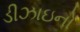
ડીઝાઇનો